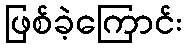
ဖြစ်ခဲ့ကြောင်း